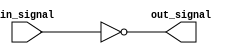
module inverting_buffer (
    input wire in_signal,
    output reg out_signal
);

always @(in_signal)
begin
    out_signal = ~in_signal;
end

endmodule